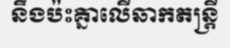
នឹងប៉ះគ្នាលើឆាកតន្ត្រី